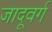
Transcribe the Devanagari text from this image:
जादूवर्ग